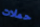
حملات